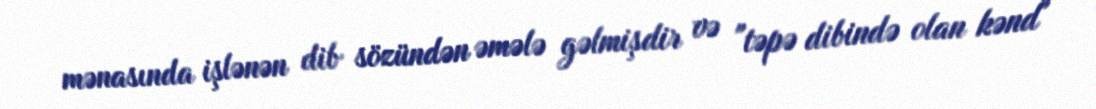
mənasında işlənən dib sözündən əmələ gəlmişdir və "təpə dibində olan kənd"